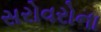
સરોવરોના